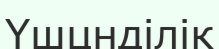
Үшцнділік